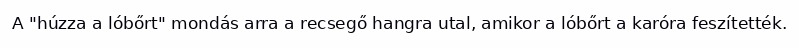
A "húzza a lóbőrt" mondás arra a recsegő hangra utal, amikor a lóbőrt a karóra feszítették.